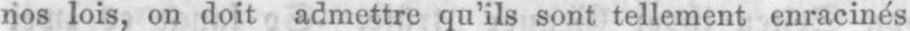
nos lois, on doit admettre qu’ils sont tellement enracinés